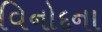
વિનોદના